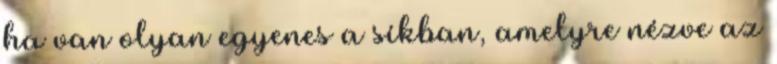
ha van olyan egyenes a síkban, amelyre nézve az